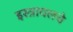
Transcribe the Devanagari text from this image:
इस्त्रायलचे